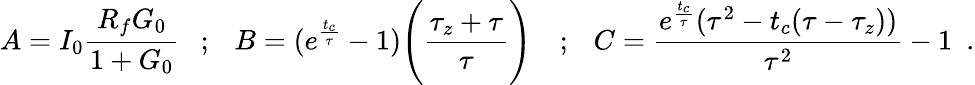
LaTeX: A=I_{0}\frac{R_{f}G_{0}}{1+G_{0}}~~~;~~~B=(e^{\frac{t_{c}}{\tau}}-1)\Bigg(\frac{\tau_{z}+\tau}{\tau}\Bigg)~~~~;~~~C=\frac{e^{\frac{t_{c}}{\tau}}(\tau^{2}-t_{c}(\tau-\tau_{z}))}{\tau^{2}}-1~~.